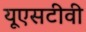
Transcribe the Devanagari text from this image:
यूएसटीवी